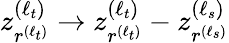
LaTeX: z_{r^{(\ell_{t})}}^{(\ell_{t})}\to z_{r^{(\ell_{t})}}^{(\ell_{t})}-z_{r^{(\ell_{s})}}^{(\ell_{s})}